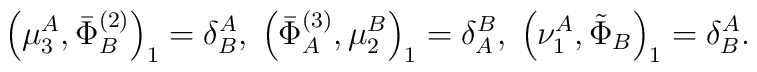
\left( \mu _{3}^{A},\bar{\Phi}_{B}^{(2)}\right) _{1}=\delta_{B}^{A},\;\left( \bar{\Phi}_{A}^{(3)},\mu _{2}^{B}\right) _{1}=\delta_{A}^{B},\;\left( \nu _{1}^{A},\tilde{\Phi}_{B}\right) _{1}=\delta _{B}^{A}.